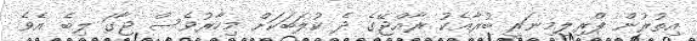
އިތުރުން ޕްރިލިމިނަރީ ބުރާއެކު ރާއްޖޭގެ ދެ ކުލަބަކަށް މިހާރުވެސް ޖާގަ ލިބެ އެވެ.